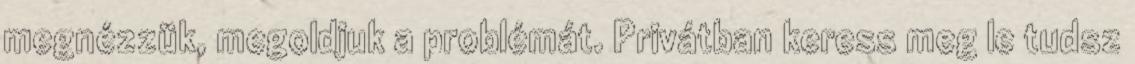
megnézzük, megoldjuk a problémát. Privátban keress meg le tudsz